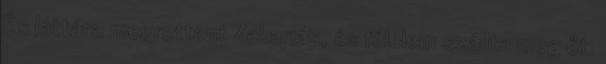
És láttára megrettent Zakariás, és félelem szállta meg őt.